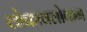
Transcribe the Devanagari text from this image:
लोकावलोकन